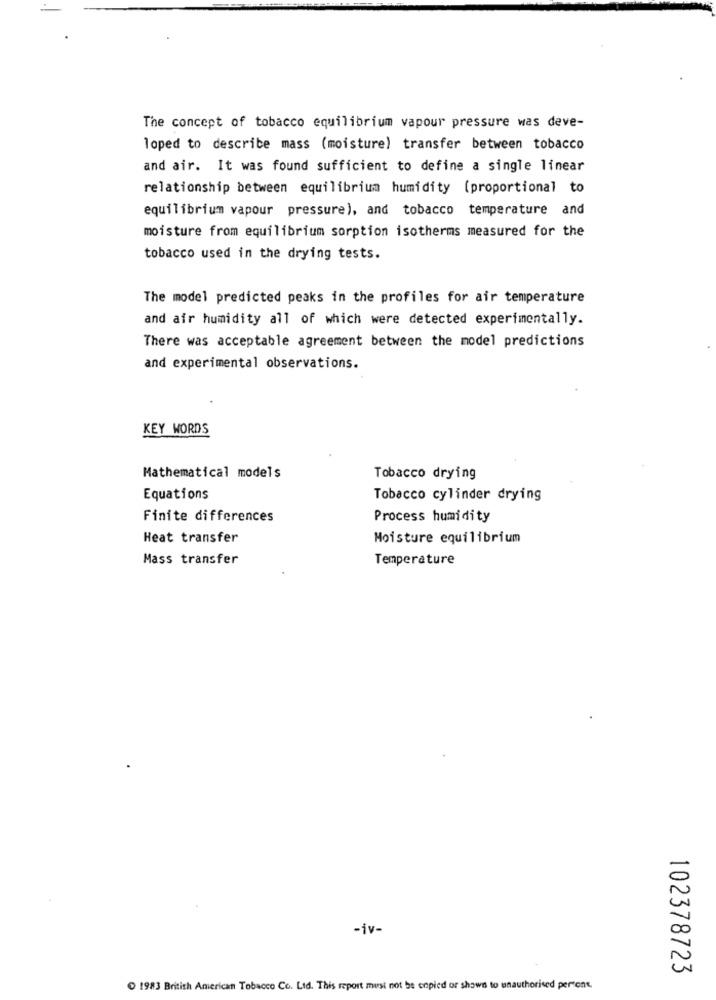
The concept of tobacco equilibrium vapour pressure was deve-
loped to describe mass (moisture) transfer between tobacco
and air. It was found sufficient to define a single linear
relationship between equilibrium humidity (proportional to
equilibrium vapour pressure), and tobacco temperature and
moisture from equilibrium sorption isotherms measured for the
tobacco used in the drying tests.
The model predicted peaks in the profiles for air temperature
and afr humidity all of which were detected experimentally.
There was acceptable agreement between the model predictions
and experimental observations.
KEY WORDS
Mathematical models
Tobacco drying
Equations
Tobacco cylinder drying
Finite differences
Process humidity
Heat transfer
Moisture equilibrium
Mass transfer
Temperature
-iv-
102378723
1983 British American Tobacco Co. Ltd. This report must not be enpied or shows to unauthorised persone.